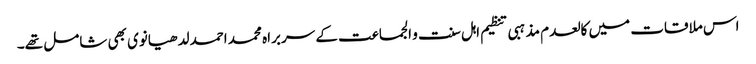
اس ملاقات میں کالعدم مذہبی تنظیم اہل سنت و الجماعت کے سربراہ محمد احمد لدھیانوی بھی شامل تھے۔